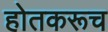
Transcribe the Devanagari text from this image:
होतकरूच